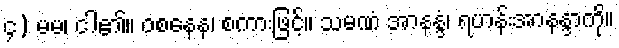
၄) မမ၊ ငါ၏။ ဝစနေန၊ စကားဖြင့်။ သမဏံ အာနန္ဒံ၊ ရဟန်းအာနန္ဒာကို။